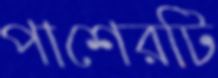
পাশেরটি